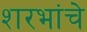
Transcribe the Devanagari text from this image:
शरभांचे